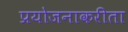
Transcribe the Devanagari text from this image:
प्रयोजनाकरीता